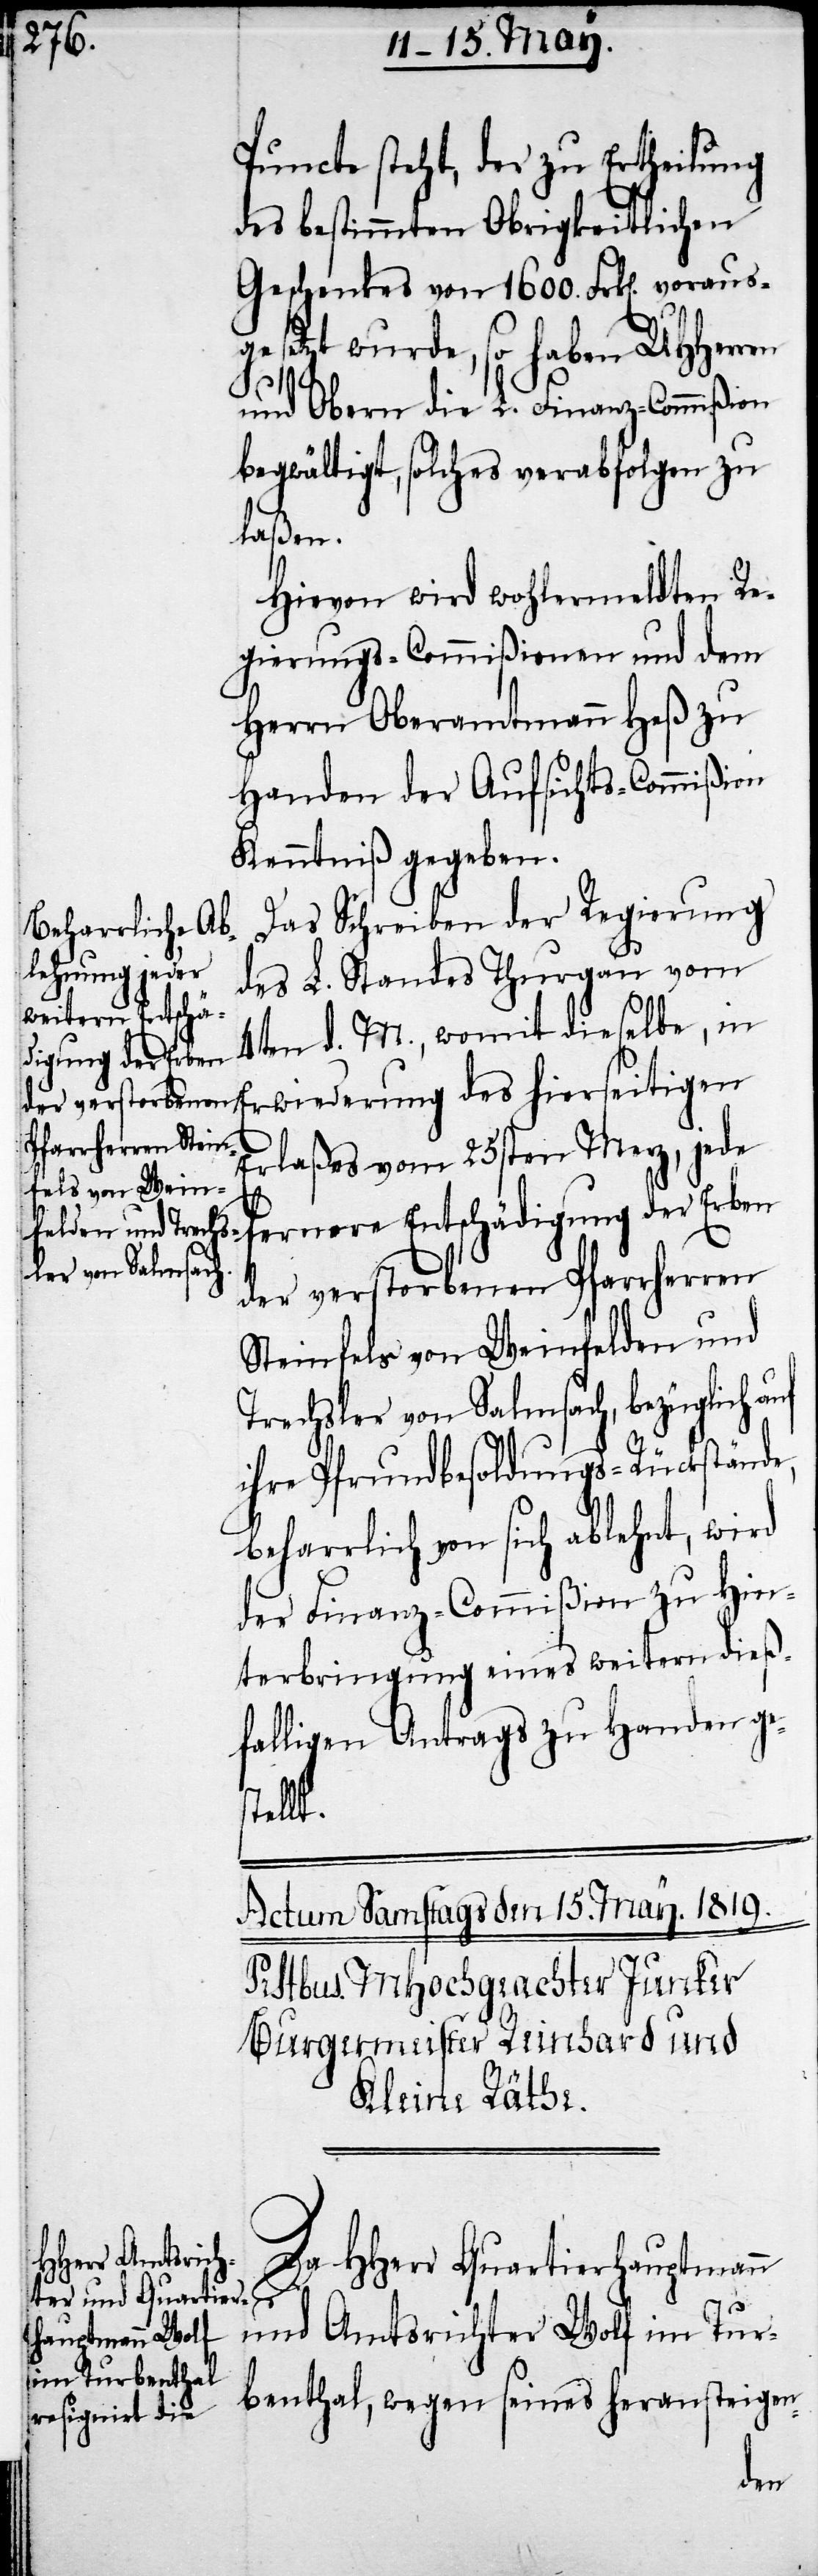
Puncte steht, der zu Ertheilung
des bestimmten Obrigkeitlichen
Geschenkes von 1600. Frk[en]. voraus¬
gesetzt wurde, so haben UHHerren
und Obern die L. Finanz-Commißion
begwältigt, solches verabfolgen zu
laßen.
Hievon wird wohlermeldten Re¬
gierungs-Commißionen und dem
Herrn Oberamtmann Heß zu
Handen der Aufsichts-Commißion
Kenntniß gegeben.
Das Schreiben der Regierung
des L. Standes Thurgau vom
4ten d. M., womit dieselbe, in
Erlaßes vom 25sten Merz, jede
fernere Entschädigung der Erben
der verstorbenen Pfarrherren
Steinfels von Weinfelden und
Trachsler von Salmsach, bezüglich
ihre Pfrundbesoldungs-Rückstände,
beharrlich von sich ablehnt, wird
der Finanz-Commißion zu Hin¬
terbringung eines weitern dieß¬
falligen Antrags zu Handen ge¬
stellt.
hierseitigen
Da HHerr Quartierhauptmann
und Amtsrichter Wolf im Tur¬
benthal, wegen seines heransteigen-
des